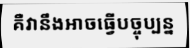
គឺវានឹងអាចធ្វើបច្ចុប្បន្ន